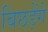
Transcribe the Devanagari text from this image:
बिछड़ेंगे